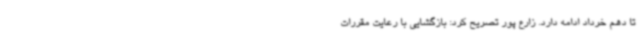
تا دهم خرداد ادامه دارد. زارع پور تصریح کرد: بازگشایی با رعایت مقررات